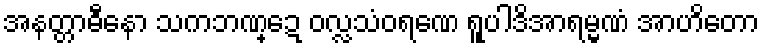
အနတ္တာဓီနော သကဘဏ္ဍေ ဝလ္လသံဝရဏေ ရူပါဒိအာရမ္မဏံ အာဟိတော